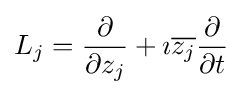
L_{j}={\frac {\partial }{\partial z_{j}}}+\imath {\overline {z_{j}}}{\frac {\partial }{\partial t}}